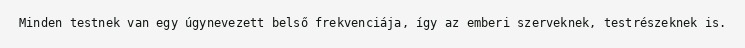
Minden testnek van egy úgynevezett belső frekvenciája, így az emberi szerveknek, testrészeknek is.